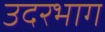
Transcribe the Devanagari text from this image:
उदरभाग